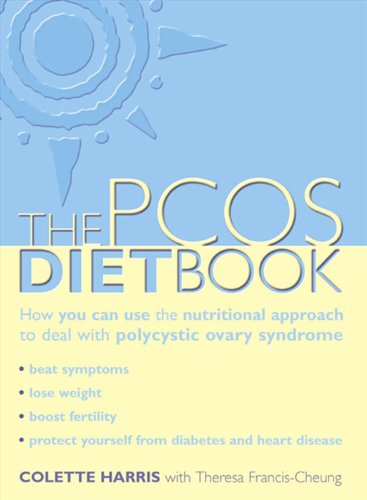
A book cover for PCOS Diet Book: How you can use the nutritional approach to deal with polycystic ovary syndrome; Colette Harris; Cookbooks, Food & Wine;